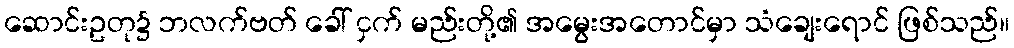
ဆောင်းဥတု၌ ဘလက်ဗတ် ခေါ် ငှက် မည်းတို့၏ အမွေးအတောင်မှာ သံချေးရောင် ဖြစ်သည်။